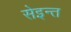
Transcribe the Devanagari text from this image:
सेइन्त